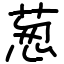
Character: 葱